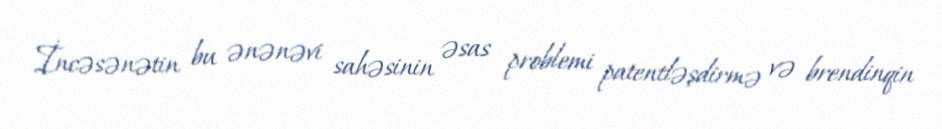
İncəsənətin bu ənənəvi sahəsinin əsas problemi patentləşdirmə və brendinqin